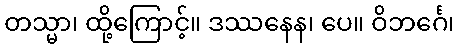
တသ္မာ၊ ထို့ကြောင့်။ ဒဿနေန၊ ပေ။ ဝိဘင်္ဂေ၊